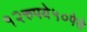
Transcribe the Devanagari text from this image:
१२रुपये५०पेसे